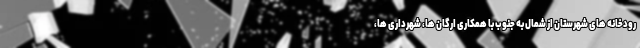
رودخانه های شهرستان از شمال به جنوب با همکاری ارگان ها، شهرداری ها،